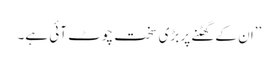
’’ان کے گھٹنے پر بڑی سخت چوٹ آئی ہے۔